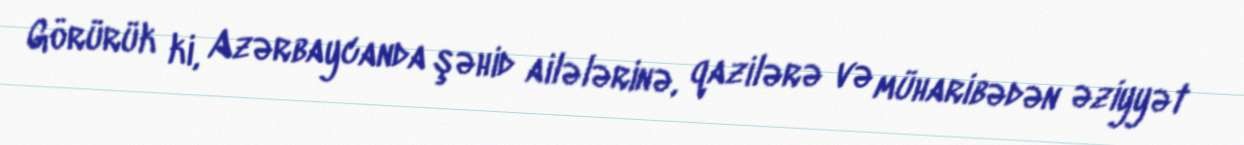
Görürük ki, Azərbaycanda şəhid ailələrinə, qazilərə və müharibədən əziyyət